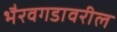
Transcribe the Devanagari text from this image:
भैरवगडावरील